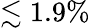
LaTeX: \lesssim 1.9\%